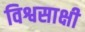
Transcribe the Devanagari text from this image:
विश्वसाक्षी